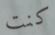
كنت